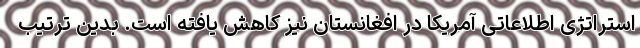
استراتژی اطلاعاتی آمریکا در افغانستان نیز کاهش یافته است. بدین ترتیب